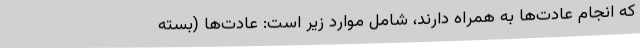
که انجام عادت‌ها به همراه دارند، شامل موارد زیر است: عادت‌ها (بسته